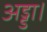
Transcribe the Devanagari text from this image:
अड्डा।